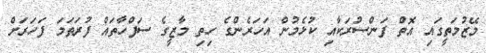
މޭޒުމަތީގައި އޮތް ފަންސުރަކާއި ކުޅެމުން އަހަރެންގެ ހިތި މާޒީގެ ސަފްހާތައް ފުރަތަމަ ފަހަރަށް